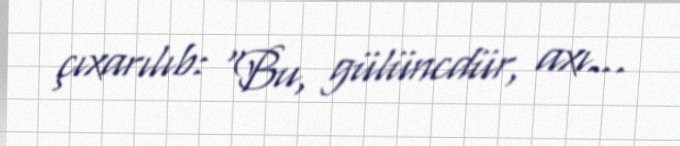
çıxarılıb: “Bu, gülüncdür, axı...